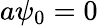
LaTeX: a\psi_{0}=0